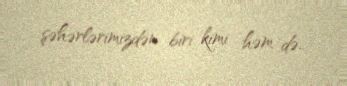
şəhərlərimizdən biri kimi həm də..